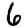
Digit: 6